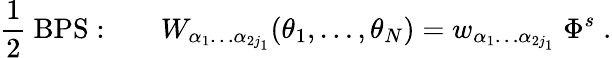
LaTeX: {\frac{1}{2}}\mathrm{~BPS:}\qquad W_{\alpha_{1}\ldots\alpha_{2j_{1}}}(\theta_{1},\ldots,\theta_{N})=w_{\alpha_{1}\ldots\alpha_{2j_{1}}}\; \Phi^{s}\; .